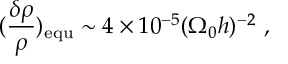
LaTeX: ( \frac { \delta \rho } { \rho } ) _ { \mathrm { { e q u } } } \sim 4 \times 1 0 ^ { - 5 } ( \Omega _ { 0 } h ) ^ { - 2 } ~ ,